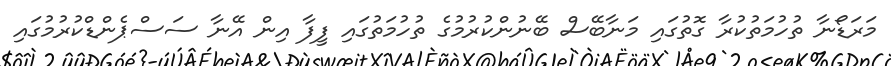
މަރަޑޯނާ ތުހުމަތުކުރާ ގޮތުގައި މަނާބޭސް ބޭނުންކުރުމުގެ ތުހުމަތުގައި ފީފާ އިން އޭނާ ސަސްޕެންޑްކުރުމުގައި